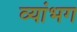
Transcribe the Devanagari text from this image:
व्यांभग